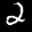
Digit: 2